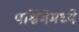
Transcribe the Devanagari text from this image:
पश्चिमेमध्ये